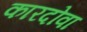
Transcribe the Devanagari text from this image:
कारदोवा